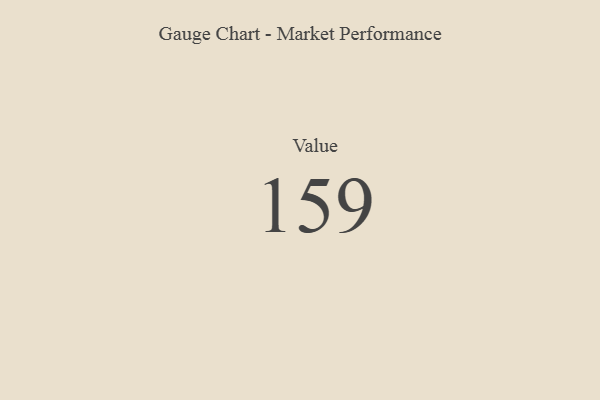
{"axis": {"x": "Metric", "y": "Value"}, "legend": [""], "data": [{"x": "Value", "y": 159, "type": ""}]}